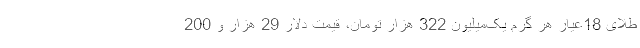
طلای 18عیار هر گرم یک‌میلیون 322 هزار تومان، قیمت دلار 29 هزار و 200